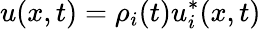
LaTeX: u(x,t)=\rho_{i}(t)u_{i}^{*}(x,t)